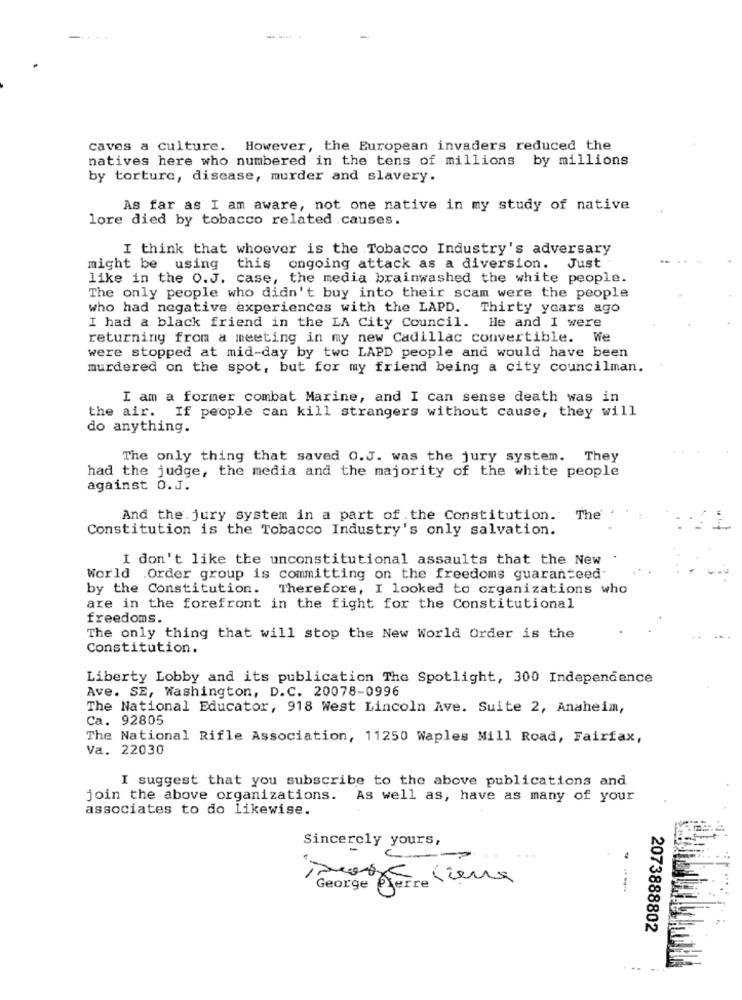
.. .
caves a culture. However, the European invaders reduced the
natives here who numbered in the tens of millions by millions
by torture, disease, murder and slavery.
As far as I am aware, not one native in my study of native
lore died by tobacco related causes.
I think that whoever is the Tobacco Industry's adversary
might be using this
ongoing attack as a diversion. Just
like in the O.J. case, the media brainwashed the white people.
The only people who didn't buy into their scam were the people
who had negative experiences with the LAPD. Thirty years ago
I had a black friend in the LA City Council. He and I were
returning from a meeting in my new Cadillac convertible. We
were stopped at mid-day by two LAPD people and would have been
murdered on the spot, but for my friend being a city councilman.
I am a former combat Marine, and I can sense death was in
the air. If people can kill strangers without cause, they will
do anything.
The only thing that saved O.J. was the jury system. They
had the judge, the media and the majority of the white people
against O.J.
And the jury system in a part of the Constitution. The
Constitution is the Tobacco Industry's only salvation.
I don't like the unconstitutional assaults that the New
World Order group is committing on the freedoms guaranteed-
by the Constitution. Therefore, I looked to organizations who
are in the forefront in the fight for the Constitutional
freedoms.
The only thing that will stop the New World Order is the
Constitution.
Liberty Lobby and its publication The Spotlight, 300 Independence
Ave. SE, Washington, D.C. 20078-0996
The National Educator, 918 West Lincoln Ave. Suite 2, Anaheim,
Ca. 92805
The National Rifle Association, 11250 Waples Mill Road, Fairfax,
Va. 22030
I suggest that you subscribe to the above publications and
join the above organizations. As well as, have as many of your
associates to do likewise.
Sincerely yours,
George
----
2073888802